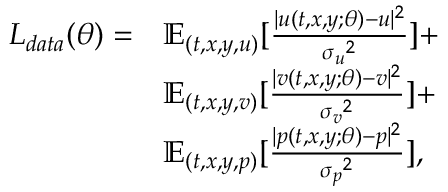
\begin{array} { r l } { L _ { d a t a } ( \theta ) = } & { \mathbb { E } _ { ( t , x , y , u ) } [ \frac { | { u } ( t , x , y ; \theta ) - { u } | ^ { 2 } } { { \sigma _ { u } } ^ { 2 } } ] + } \\ & { \mathbb { E } _ { ( t , x , y , v ) } [ \frac { | { v } ( t , x , y ; \theta ) - { v } | ^ { 2 } } { { \sigma _ { v } } ^ { 2 } } ] + } \\ & { \mathbb { E } _ { ( t , x , y , p ) } [ \frac { | { p } ( t , x , y ; \theta ) - { p } | ^ { 2 } } { { \sigma _ { p } } ^ { 2 } } ] , } \end{array}